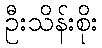
ဦးသိန်းစိုး